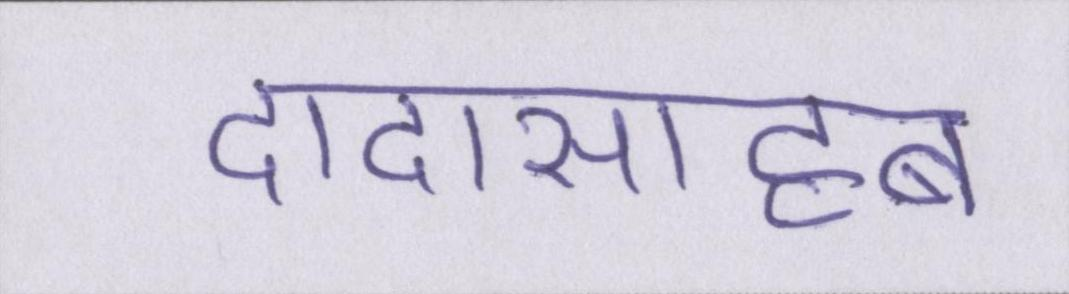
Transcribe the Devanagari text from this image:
दादासाहब